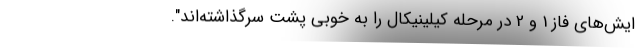
ایش‌های فاز 1 و 2 در مرحله کیلینیکال را به خوبی پشت سرگذاشته‌اند".